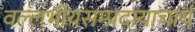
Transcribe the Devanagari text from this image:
वल्लभीयसम्प्रदायाचार्य